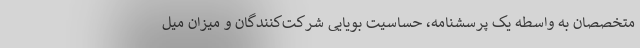
متخصصان به واسطه یک پرسشنامه، حساسیت بویایی شرکت‌کنندگان و میزان میل